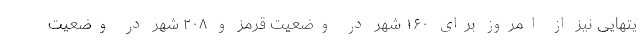
یتهایی نیز از امروز برای ۱۶۰ شهر در وضعیت قرمز و ۲۰۸ شهر در وضعیت